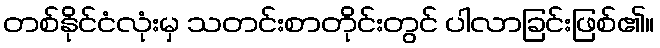
တစ်နိုင်ငံလုံးမှ သတင်းစာတိုင်းတွင် ပါလာခြင်းဖြစ်၏။